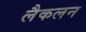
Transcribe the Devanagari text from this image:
लैकलन